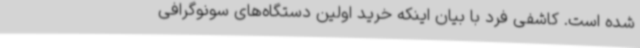
شده است. کاشفی فرد با بیان اینکه خرید اولین دستگاه‌های سونوگرافی